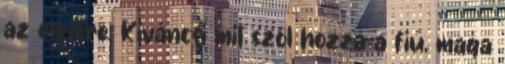
az elejére. Kíváncsi mit szól hozzá a fiú, maga